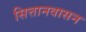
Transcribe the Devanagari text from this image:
सित्तानवासन